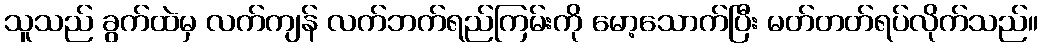
သူသည် ခွက်ထဲမှ လက်ကျန် လက်ဘက်ရည်ကြမ်းကို မော့သောက်ပြီး မတ်တတ်ရပ်လိုက်သည်။